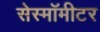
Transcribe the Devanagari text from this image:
सेस्मॉमीटर